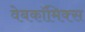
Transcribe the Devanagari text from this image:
वेबकाॅमिक्स